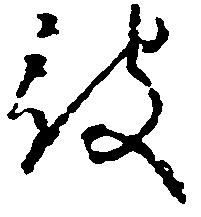
被